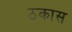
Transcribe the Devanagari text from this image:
ठकास